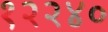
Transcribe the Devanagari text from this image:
१२२४०